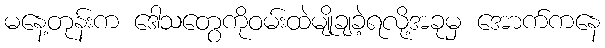
မနေ့တုန်းက ဒေါသတွေကိုဝမ်းထဲမျိုချခဲ့ရလို့အခုမှ အောက်ကနေ